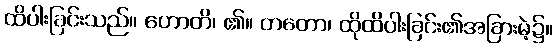
ထိပါးခြင်းသည်။ ဟောတိ၊ ၏။ တတော၊ ထိုထိပါးခြင်း၏အခြားမဲ့၌။